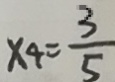
x _ { 4 } = \frac { 3 } { 5 }